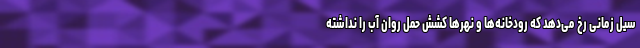
سیل زمانی رخ می‌دهد که رودخانه‌ها و نهرها کشش حمل روان آب را نداشته